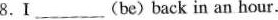
8.Ⅰ___ (be) back in an hour.